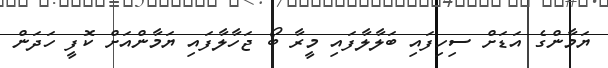
ޔަމާންގެ އަޑަށް ސިހިފައި ބަލާލާފައި މީރާ ބޯ ޖަހާލާފައި ޔަމާންއަށް ކޮފީ ހަދަން